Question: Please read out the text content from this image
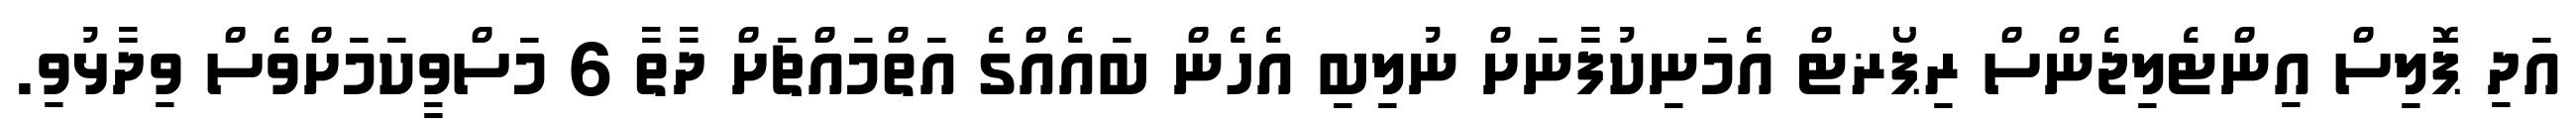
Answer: އަދި ޕޮލިސް އިންޓެލިޖެންސް ރިޕޯޜޓް އެމަނިކުފާނަށް ނުލިބި އެހެން ބައެއްގެ އަތްމައްޗަށް ދާތާ 6 މަސްވީކަމަށްވެސް ވިދާޅުވި.